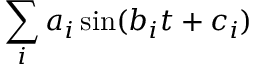
\sum _ { i } a _ { i } \sin ( b _ { i } t + c _ { i } )